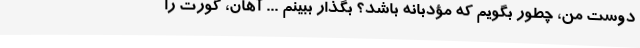
دوست من، چطور بگویم که مؤدبانه باشد؟ بگذار ببینم ... آهان، گورت را